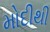
મોદીથી